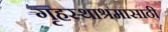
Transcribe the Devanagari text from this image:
गृहस्थाश्रमासाठी